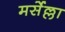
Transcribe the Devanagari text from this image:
मर्सेल्ला